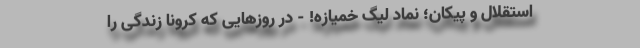
استقلال و پیکان؛ نمادِ لیگ خمیازه! - در روزهایی که کرونا زندگی را